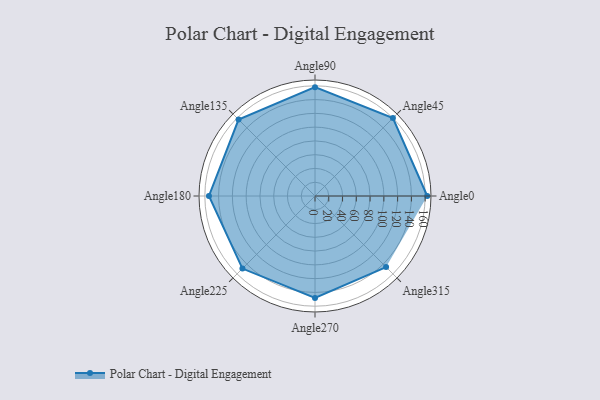
{"axis": {"x": "Angle", "y": "Radius"}, "legend": [""], "data": [{"x": "Angle0", "y": 163.0, "type": ""}, {"x": "Angle45", "y": 160.0, "type": ""}, {"x": "Angle90", "y": 158.0, "type": ""}, {"x": "Angle135", "y": 157.0, "type": ""}, {"x": "Angle180", "y": 154.0, "type": ""}, {"x": "Angle225", "y": 149.0, "type": ""}, {"x": "Angle270", "y": 148.0, "type": ""}, {"x": "Angle315", "y": 146.0, "type": ""}]}